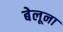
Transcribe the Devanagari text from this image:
बेलूना